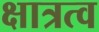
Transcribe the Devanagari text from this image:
क्षात्रत्व